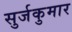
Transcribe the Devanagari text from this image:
सुर्जकुमार